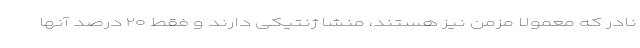
نادر که معمولا مزمن نیز هستند، منشا ژنتیکی دارند و فقط ۲۰ درصد آنها